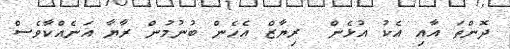
ދޮންތަ އާއި އެކު އުޅެން  ރިޔާޒް އެހެން ބުނުމުން ރާޔާ އަނެއްކާވެސް